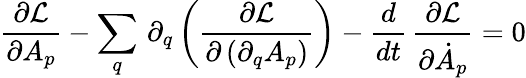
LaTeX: \frac{\partial\mathcal{L}}{\partial A_{p}}-\sum_{q}\, \partial_{q}\left(\frac{\partial\mathcal{L}}{\partial\left(\partial_{q}A_{p}\right)}\right)-\frac{d}{dt}\, \frac{\partial\mathcal{L}}{\partial\dot{A}_{p}}=0